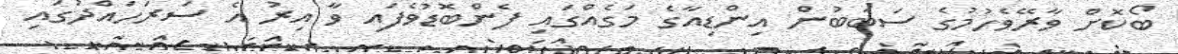
ބޯކޮށް ވާރޭވެހުމުގެ ސަބަބުން އިންޑިއާގެ މަގެއްގައި ފެންބޮޑުވެފައި ވާ އިރު އެ ސަރަހައްދުގައި